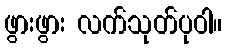
ဖွားဖွား လက်သုတ်ပုဝါ။